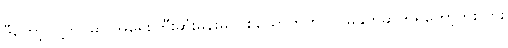
ဒီတော့ ငါ့ဘဝမှာ အရေးကြီးဆုံးမိန်းမတစ်ယောက်ကို ငါ မနှုတ်ဆက်ရတော့ဘူးလား